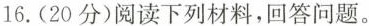
16.(20分)阅读下列材料，回答问题。